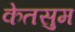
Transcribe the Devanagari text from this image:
केतसुम